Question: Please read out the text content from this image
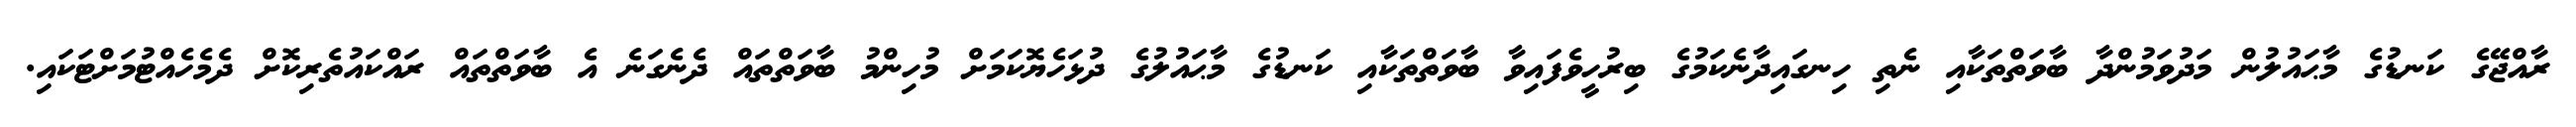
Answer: ރާއްޖޭގެ ކަނޑުގެ މާޙައުލުން މަދުވަމުންދާ ބާވަތްތަކާއި ނެތި ހިނގައިދާނެކަމުގެ ބިރުހީވެފައިވާ ބާވަތްތަކާއި ކަނޑުގެ މާޙައުލުގެ ދުޅަހެޔޮކަމަށް މުހިންމު ބާވަތްތައް ދެނެގަނެ އެ ބާވަތްތައް ރައްކައުތެރިކޮށް ދެމެހެއްޓުމަށްޓަކައި.